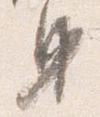
身